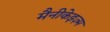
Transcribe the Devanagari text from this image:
मैनीकेइज़्म